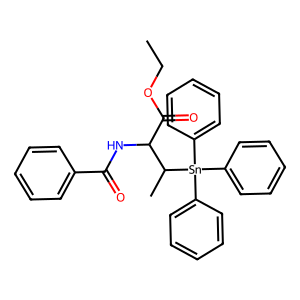
SMILES: CCOC(=O)C(NC(=O)c1ccccc1)C(C)[Sn](c1ccccc1)(c1ccccc1)c1ccccc1
Inhibits HIV replication: No